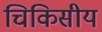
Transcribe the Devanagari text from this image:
चिकिसीय